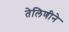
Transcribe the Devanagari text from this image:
तेलिणीने